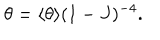
\theta = \langle \theta \rangle ( 1 - J ) ^ { - 4 } .